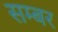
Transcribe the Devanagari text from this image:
सम्बर